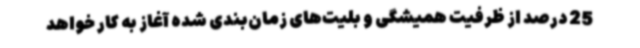
25 درصد از ظرفیت همیشگی و بلیت‌های زمان‌بندی شده آغاز به کار خواهد